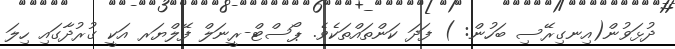
ދުޅަވުން(އިނގިރޭސި ބަހުން: ) ފަދަ ކަންތައްތަކެވެ. ޕޯސްޓް-ރީނަލް ފޭލްޔަރ އަކީ ގުރުދާގައި ހިލަ